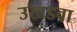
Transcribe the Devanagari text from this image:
उखडवा